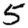
Digit: 5